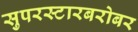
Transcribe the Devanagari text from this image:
सुपरस्टारबरोबर